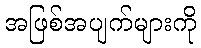
အဖြစ်အပျက်များကို